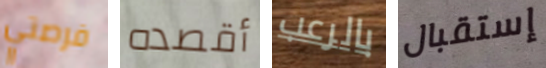
فرصتي أقصده بالرعب إستقبال